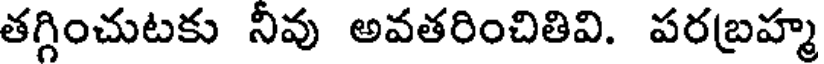
తగ్గించుటకు నీవు అవతరించితివి. పరబ్రహ్మ